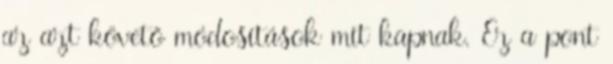
az azt követő módosítások mit kapnak. Ez a pont